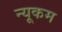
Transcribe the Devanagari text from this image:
न्यूकम